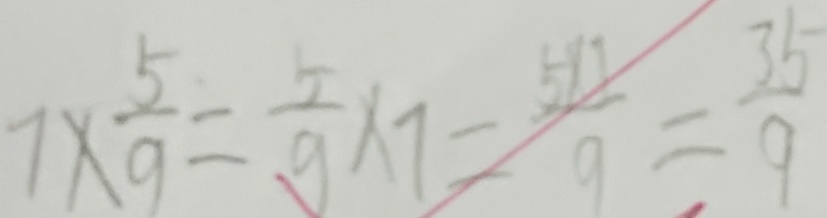
7 \times \frac { 5 } { 9 } = \frac { 7 } { 9 } \times 7 = \frac { 5 \times 7 } { 9 } = \frac { 3 5 } { 9 }